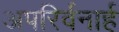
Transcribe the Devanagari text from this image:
अपरिर्वनार्ह